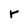
Character: r